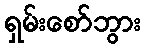
ရှမ်းစော်ဘွား